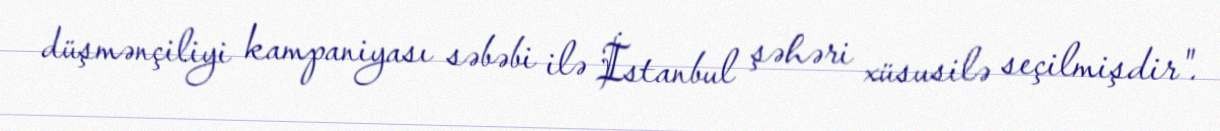
düşmənçiliyi kampaniyası səbəbi ilə İstanbul şəhəri xüsusilə seçilmişdir".